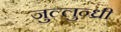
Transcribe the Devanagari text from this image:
जुल्लुन्ध्री